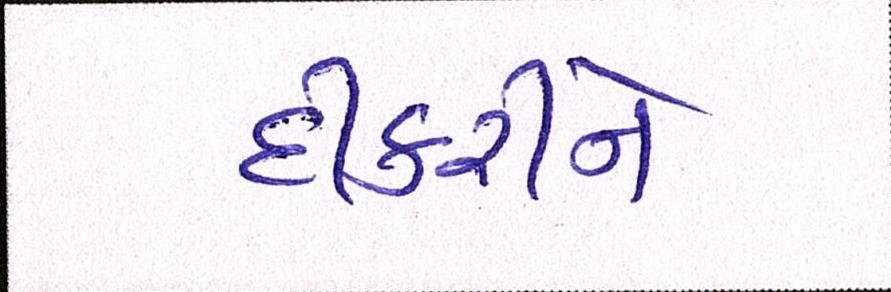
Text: દીકરીને